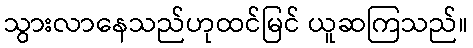
သွားလာနေသည်ဟုထင်မြင် ယူဆကြသည်။